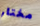
مختار